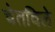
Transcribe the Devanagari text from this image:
चेतविले